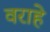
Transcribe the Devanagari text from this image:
वराहे